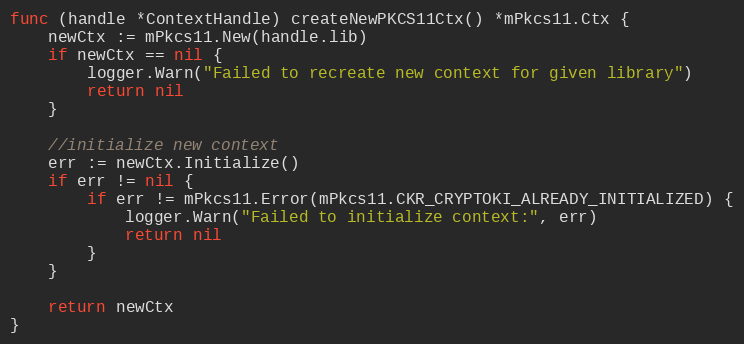
Language: Go
func (handle *ContextHandle) createNewPKCS11Ctx() *mPkcs11.Ctx {
	newCtx := mPkcs11.New(handle.lib)
	if newCtx == nil {
		logger.Warn("Failed to recreate new context for given library")
		return nil
	}

	//initialize new context
	err := newCtx.Initialize()
	if err != nil {
		if err != mPkcs11.Error(mPkcs11.CKR_CRYPTOKI_ALREADY_INITIALIZED) {
			logger.Warn("Failed to initialize context:", err)
			return nil
		}
	}

	return newCtx
}